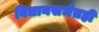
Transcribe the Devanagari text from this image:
विधानसभेतही